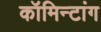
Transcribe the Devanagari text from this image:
कॉमिन्टांग